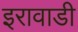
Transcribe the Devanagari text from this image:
इरावाडी